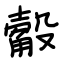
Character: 觳